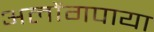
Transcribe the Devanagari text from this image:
अलोंगपाया